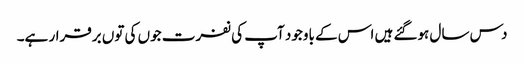
دس سال ہوگئے ہیں اس کے باوجود آپ کی نفرت جوں کی توں برقرار ہے۔